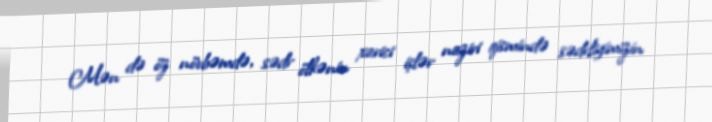
Mən də öz növbəmdə, sədr ölkənin xarici işlər naziri qismində sədrliyimizin